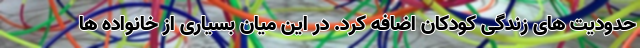
حدودیت های زندگی کودکان اضافه کرد. در این میان بسیاری از خانواده ها